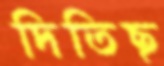
দিতিছ